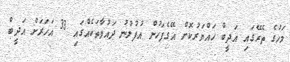
މަހުގެ ތެރޭގައި އަދީބް ހައްޔަރުކޮށް އޭގެފަހުން އުފުލުނު ދައުވާތަކެއްގައި 33 އަހަރަށް އަދީބް